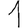
Digit: 1